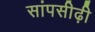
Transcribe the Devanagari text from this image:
सांपसीढ़ी